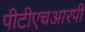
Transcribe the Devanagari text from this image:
पीटीएचआरपी